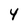
Character: 4